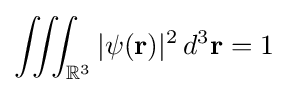
\iiint _{\mathbb {R} ^{3}}|\psi (\mathbf {r} )|^{2}\,d^{3}\mathbf {r} =1